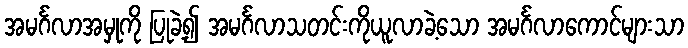
အမင်္ဂလာအမှုကို ပြုခဲ့၍ အမင်္ဂလာသတင်းကိုယူလာခဲ့သော အမင်္ဂလာကောင်များသာ